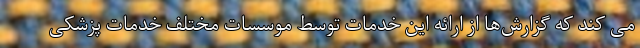
می کند که گزارش‌ها از ارائه این خدمات توسط موسسات مختلف خدمات پزشکی